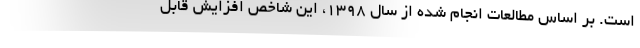
است. بر اساس مطالعات انجام شده از سال ۱۳۹۸، این شاخص افزایش قابل‌